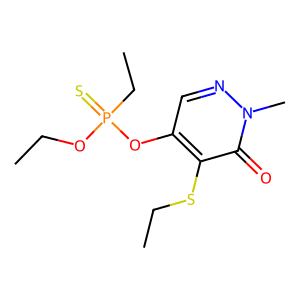
SMILES: CCOP(=S)(CC)Oc1cnn(C)c(=O)c1SCC
Inhibits HIV replication: No